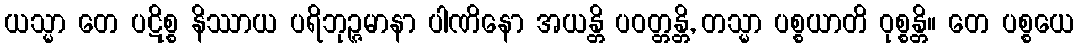
ယသ္မာ တေ ပဋိစ္စ နိဿာယ ပရိဘုဉ္ဇမာနာ ပါဏိနော အယန္တိ ပဝတ္တန္တိ, တသ္မာ ပစ္စယာတိ ဝုစ္စန္တိ။ တေ ပစ္စယေ